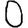
Digit: 0